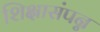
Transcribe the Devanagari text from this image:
शिक्षासंपन्न